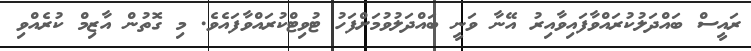
ރައީސް ބައްދަލުކުރައްވާފައިވާއިރު އޭނާ ވަނީ ބައްދަލުވުމަށްފަހު ޓުވިޓްކުރައްވާފައެވެ. މި ގޮތުން އާޒިމް ކުރެއްވި